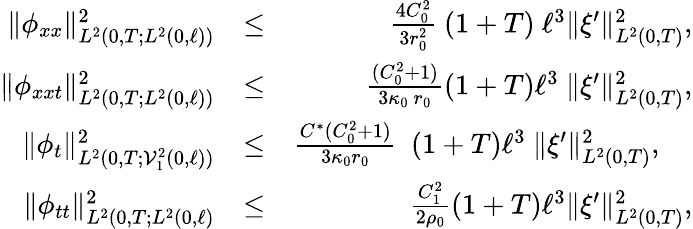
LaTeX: \begin{array}{rlr}{\Vert\phi_{xx}\Vert_{L^{2}(0,T;L^{2}(0,\ell))}^{2}}&{\leq}&{\frac{4C_{0}^{2}}{3r_{0}^{2}}\ (1+T)\ \ell^{3}\Vert\xi^{\prime}\Vert_{L^{2}(0,T)}^{2},}\\ {\Vert\phi_{xxt}\Vert_{L^{2}(0,T;L^{2}(0,\ell))}^{2}}&{\leq}&{\frac{(C_{0}^{2}+1)}{3\kappa_{0}\ r_{0}}(1+T)\ell^{3}\ \Vert\xi^{\prime}\Vert_{L^{2}(0,T)}^{2},}\\ {\Vert\phi_{t}\Vert_{L^{2}(0,T;\mathcal{V}_{1}^{2}(0,\ell))}^{2}}&{\leq}&{\frac{C^{\ast}(C_{0}^{2}+1)}{3\kappa_{0}r_{0}}\ \ (1+T)\ell^{3}\ \Vert\xi^{\prime}\Vert_{L^{2}(0,T)}^{2},~~~~}\\ {\Vert\phi_{tt}\Vert_{L^{2}(0,T;L^{2}(0,\ell)}^{2}}&{\leq}&{\frac{C_{1}^{2}}{2\rho_{0}}(1+T)\ell^{3}\Vert\xi^{\prime}\Vert_{L^{2}(0,T)}^{2},}\end{array}